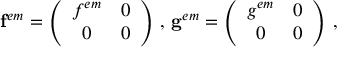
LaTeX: \mathbf { f } ^ { e m } = \left( \begin{array} { c c } { { f ^ { e m } } } & { { 0 } } \\ { { 0 } } & { { 0 } } \end{array} \right) \, , \, \mathbf { g } ^ { e m } = \left( \begin{array} { c c } { { g ^ { e m } } } & { { 0 } } \\ { { 0 } } & { { 0 } } \end{array} \right) \, ,